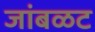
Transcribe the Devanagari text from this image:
जांबळट